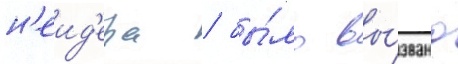
н'еид'ера / бы́ло вы́звано